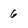
Character: 6